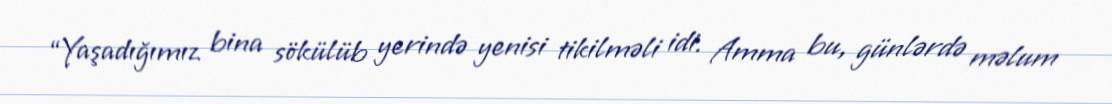
“Yaşadığımız bina sökülüb yerində yenisi tikilməli idi. Amma bu, günlərdə məlum